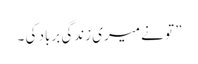
” تو نے میری زندگی برباد کی ۔